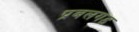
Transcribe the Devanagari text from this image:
प्रबलगड